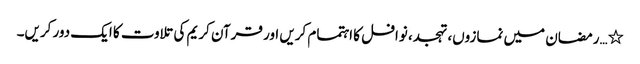
٭…رمضان میں نمازوں، تہجد، نوافل کا اہتمام کریں اور قرآن کریم کی تلاوت کا ایک دور کریں۔